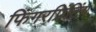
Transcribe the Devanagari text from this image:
फिंगरप्रिंटिंग